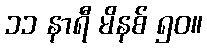
၁၁ နာရီ မိနစ် ၅၀။